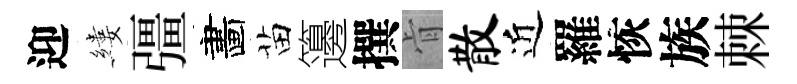
迎縷彊畵苗籩撰肻散近羅恢族棘